Vaccination in Burma 1912-1922 - 1912-1922
Year: 1912
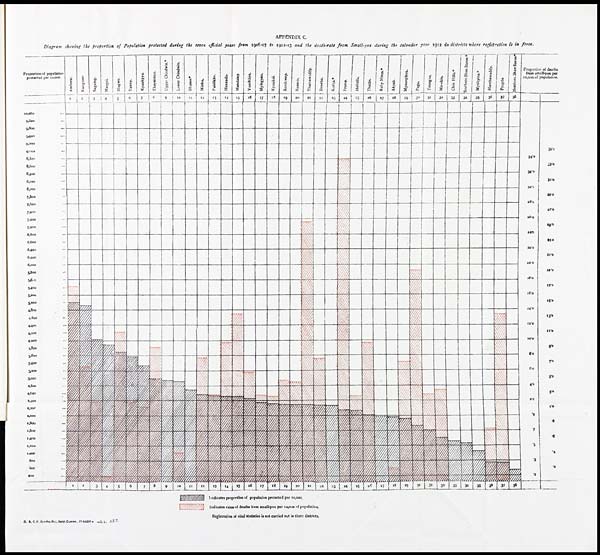
APPENDIX C.
Diagram showing the proportion of Population protected during the seven offícial years from 1906-07 to 1912-13 and the death-rate from Small-pox during the calender year 1912 in districts where registration is in force.
G. B. C. P. O—No. 8(a), Sany. Commr., 27-5-1918 — —O. L. 487.